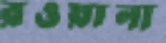
রওয়ানা